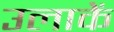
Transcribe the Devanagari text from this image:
उलाकें